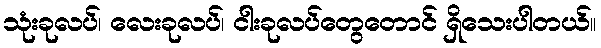
သုံးခုလပ်၊ လေးခုလပ်၊ ငါးခုလပ်တွေတောင် ရှိသေးပါတယ်။